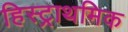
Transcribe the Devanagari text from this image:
हिस्ट्राथमिक